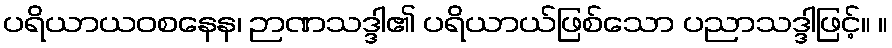
ပရိယာယဝစနေန၊ ဉာဏသဒ္ဒါ၏ ပရိယာယ်ဖြစ်သော ပညာသဒ္ဒါဖြင့်။ ။